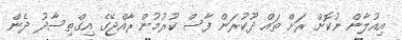
އިއުލާން ނުކޮށް ރަށް ތައް ދޫކުރަން ފާސް ކުރުމުން ރާއްޖޭގެ އިގްތިސާދު ދެން